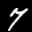
Digit: 7